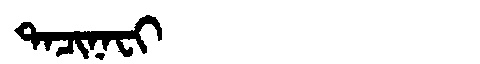
Manchu: ᡨᠠᠴᡳᠨᠠᠸᡳ
Romanization: TACINAFI